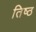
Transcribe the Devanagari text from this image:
तिष्ठ